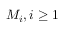
M _ { i } , i \ge 1